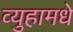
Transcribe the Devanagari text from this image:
व्युहामधे